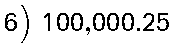
6) 100,000.25